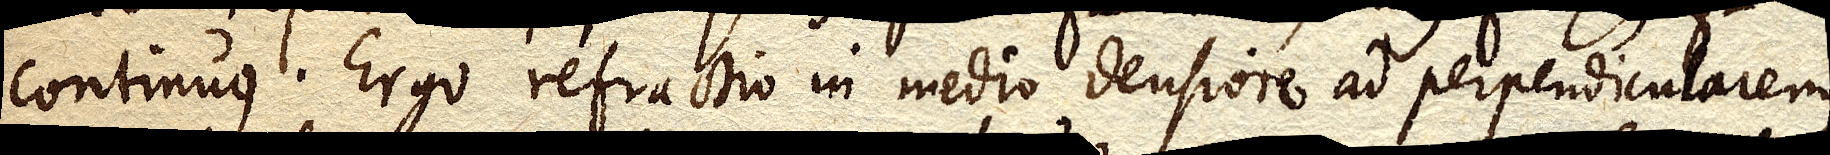
continuus. Ergo refractio in medio densiore ad perpendicularem,